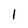
Character: l